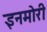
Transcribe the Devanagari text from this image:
इनमोरी